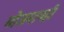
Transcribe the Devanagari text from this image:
मोजमापही